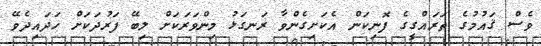
ވެސް ޤައުމުގެ ތަރައްގީގެ ފޮނިކަން އެކަށިގެންވާ ރަނގަޅު މިންވަރަކަށް ލިބޭ ފަރުދަކަށް ހަދައިދެވޭ